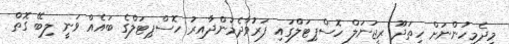
މިދެމީހުންނަށް ހިތަދޫ ރީޖަނަލް ހޮސްޕިޓަލްގައި ފަރުވާދެމުންދާއިރު ހޮސްޕިޓަލްގެ ބައެއް ވަނީ ލިބޭ ގޮތް